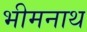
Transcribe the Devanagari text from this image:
भीमनाथ